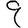
Digit: 9